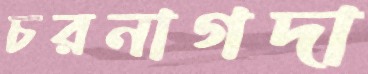
চরনাগদা